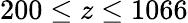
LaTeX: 200\leq z\leq 1066